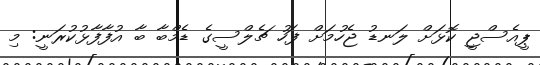
ޕީއެސްޖީ ކޮޅަށް ލަނޑު ޖެހުމަށް ފަހު ޗެލްސީގެ ޑެމްބާ ބާ އުފާފާޅުކުރަނީ: މި